Report of the veterinary officer investigating camel disease
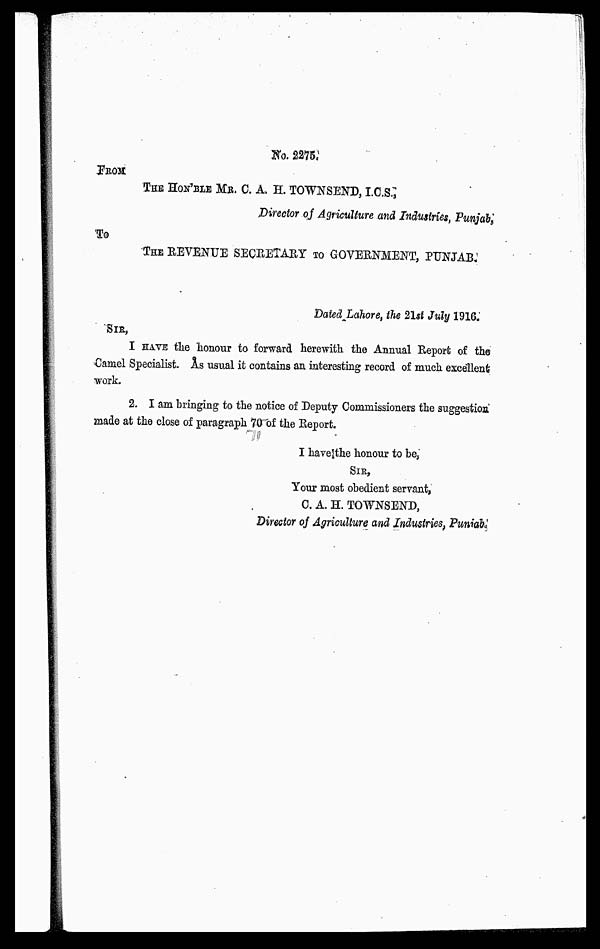
NO. 2275.
FROM
THE HON'BLE MR. C. A. H. TOWNSEND, I.C.S.,
Director of Agriculture and Industries, Punjab.
To
THE REVENUE SECRETARY TO GOVERNMENT, PUNJAB.
Dated Lahore, the 21sl July 1916.
SIR,
I HAVE the honour to forward herewith the Annual Report of the
Camel Specialist. As usual it contains an interesting record of much excellent
work.
2. I am bringing to the notice of Deputy Commissioners the suggestion
made at the close of paragraph 70 of the Report.
I have the honour to be,
SIR,
Your most obedient servant,
C. A. H. TOWNSEND,
Director of Agriculture and Industries, Punjab.